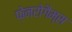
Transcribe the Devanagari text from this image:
फ़ेनरोगैम्स